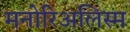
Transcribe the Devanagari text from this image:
मनोरिअलिस्म